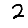
Digit: 2